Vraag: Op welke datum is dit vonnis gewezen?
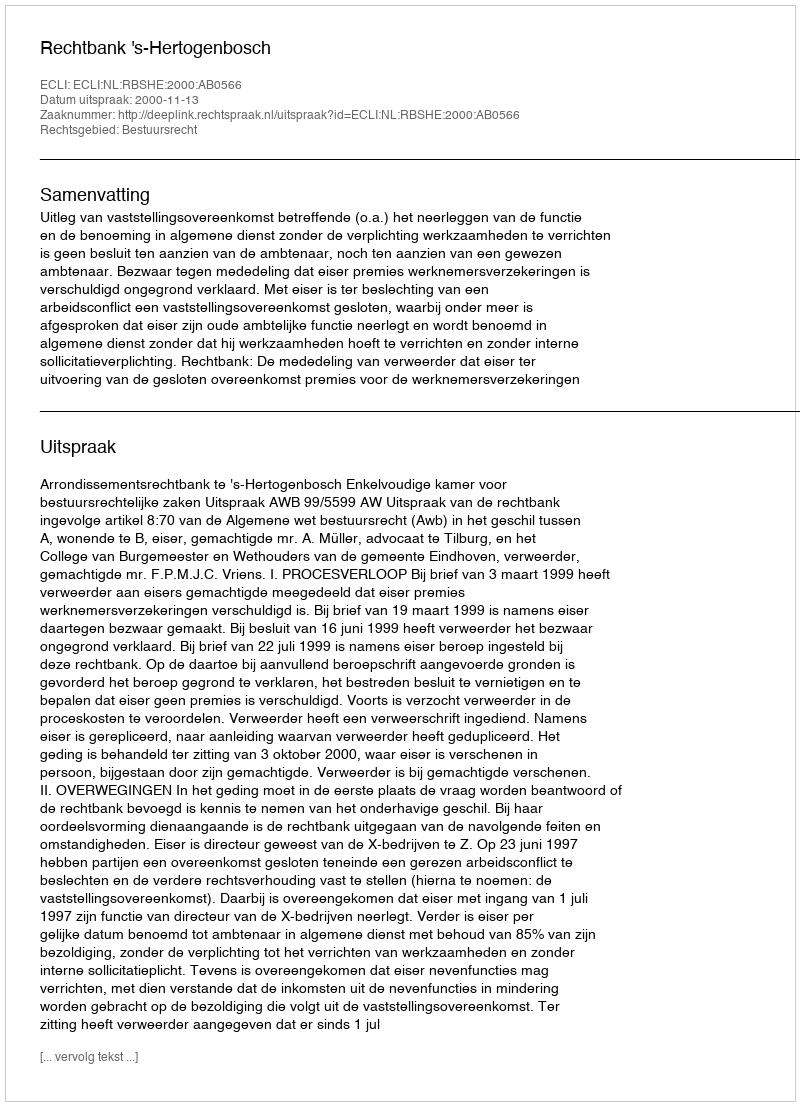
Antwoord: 2000-11-13